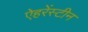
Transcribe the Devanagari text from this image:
ऐहरेंस्टीन